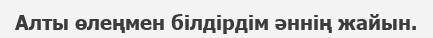
Алты өлеңмен білдірдім әннің жайын.